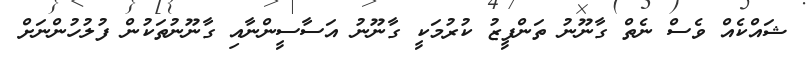
ޝައްކެއް ވެސް ނެތް ގާނޫނު ތަންފީޒު ކުރުމަކީ ގާނޫނު އަސާސީންނާއި ގާނޫނުތަކުން ފުލުހުންނަށް